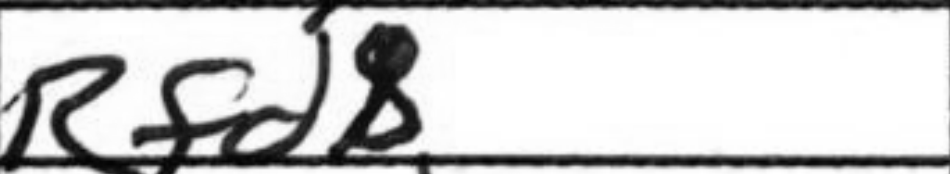
Transcription: Rfd8